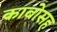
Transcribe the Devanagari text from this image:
काबोसह